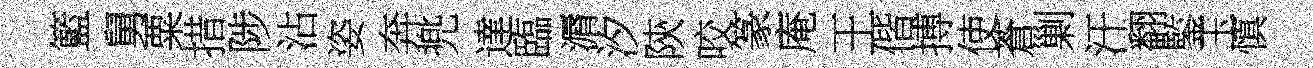
籃舅粟措陟沾姿奔兠達臨漘汐陝咬篆庵王偕搏使蒼剿汗翻鍳玉慎